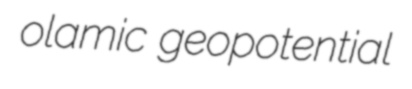
olamic geopotential